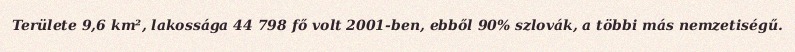
Területe 9,6 km², lakossága 44 798 fő volt 2001-ben, ebből 90% szlovák, a többi más nemzetiségű.